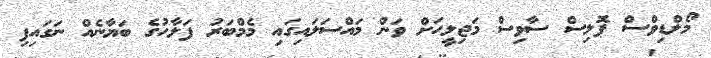
މޯލްޑިވްސް ޕޮލިސް ސާވިސް މަޖިލީހަށް ވަން މައްސަލައިގައި މެމްބަރު ފަލާހުގެ ބަޔާނެއް ނަގައިފި